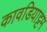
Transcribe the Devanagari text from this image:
कावडियाट्टम